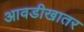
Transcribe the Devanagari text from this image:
आवडीखातर